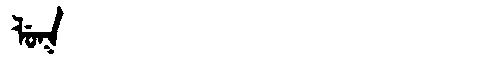
Manchu: ᠯᡠᡴ
Romanization: LUK